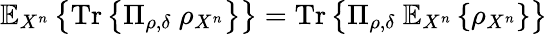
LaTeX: \mathbb{E}_{X^{n}}\left\{ {\mathrm{Tr}}\left\{ \Pi_{\rho,\delta}\ \rho_{X^{n}}\right\} \right\} ={\mathrm{Tr}}\left\{ \Pi_{\rho,\delta}\ \mathbb{E}_{X^{n}}\left\{ \rho_{X^{n}}\right\} \right\}